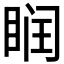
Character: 𥆧